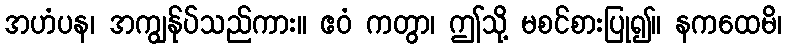
အဟံပန၊ အကျွန်ုပ်သည်ကား။ ဧဝံ ကတွာ၊ ဤသို့ မစင်စားပြု၍။ နကထေမိ၊